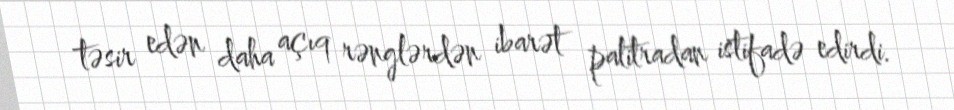
təsir edən daha açıq rənglərdən ibarət palitradan istifadə edirdi.